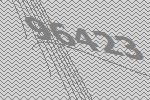
96423